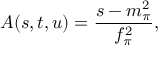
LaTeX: A ( s , t , u ) = { \frac { s - m _ { \pi } ^ { 2 } } { f _ { \pi } ^ { 2 } } } ,